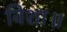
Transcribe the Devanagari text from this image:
विशा॥